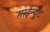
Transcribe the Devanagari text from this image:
माईन्यूट